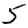
Digit: 5